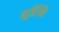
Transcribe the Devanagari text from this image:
मूर्त्तिभिः